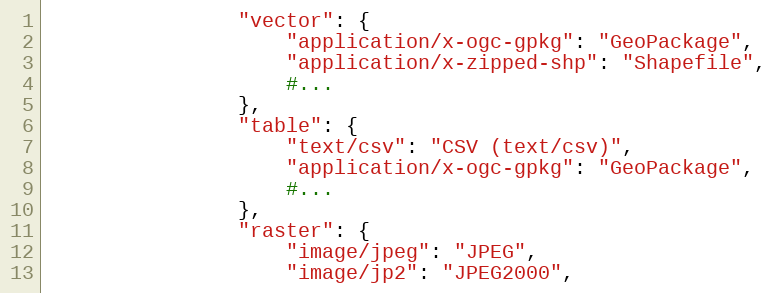
Language: Python
                "vector": {
                    "application/x-ogc-gpkg": "GeoPackage",
                    "application/x-zipped-shp": "Shapefile",
                    #...
                },
                "table": {
                    "text/csv": "CSV (text/csv)",
                    "application/x-ogc-gpkg": "GeoPackage",
                    #...
                },
                "raster": {
                    "image/jpeg": "JPEG",
                    "image/jp2": "JPEG2000",